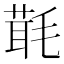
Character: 㲨